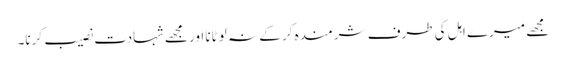
مجھے میرے اہل کی طرف شرمندہ کر کے نہ لوٹانا اور مجھے شہادت نصیب کرنا۔